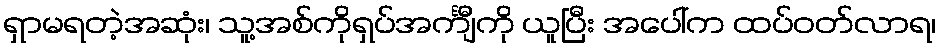
ရှာမရတဲ့အဆုံး၊ သူ့အစ်ကိုရှပ်အင်္ကျီကို ယူပြီး အပေါ်က ထပ်ဝတ်လာရ၊